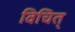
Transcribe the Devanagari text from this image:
विचित्